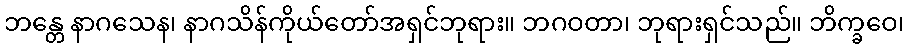
ဘန္တေ နာဂသေန၊ နာဂသိန်ကိုယ်တော်အရှင်ဘုရား။ ဘဂဝတာ၊ ဘုရားရှင်သည်။ ဘိက္ခဝေ၊